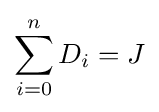
\sum _{i=0}^{n}D_{i}=J